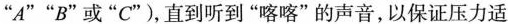
”A””B”或”C”)，直到听到”喀喀”的声音，以保证压力适